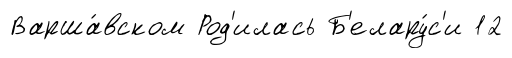
Варша́вском Род'илась Б'елару́с'и 12